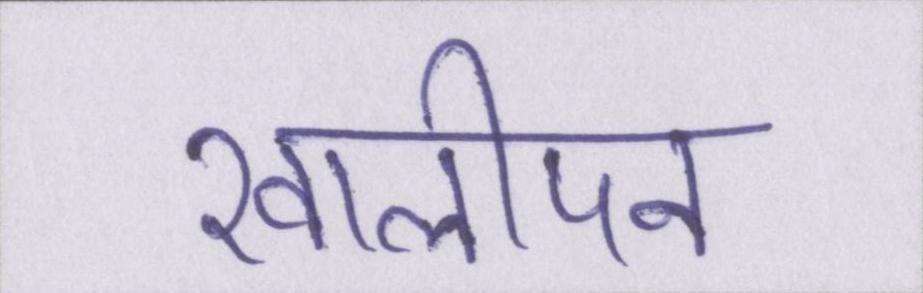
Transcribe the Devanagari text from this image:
खालीपन